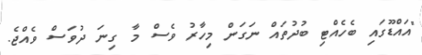
"އައްޑޫގައި ބެހެއްޓި ބުދުތައް ނަގަން މިހާރު ވެސް މާ ގިނަ ދުވަސް ވެއްޖެ.